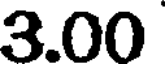
3.00